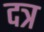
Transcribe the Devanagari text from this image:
दत्र